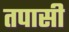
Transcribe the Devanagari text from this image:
तपासी